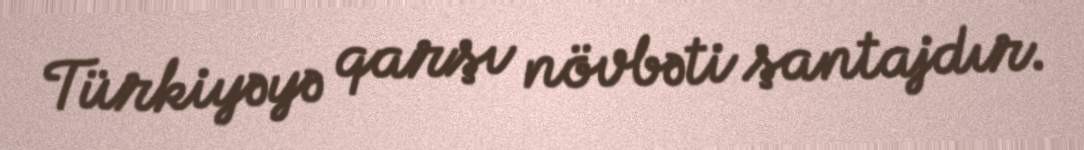
Türkiyəyə qarşı növbəti şantajdır.